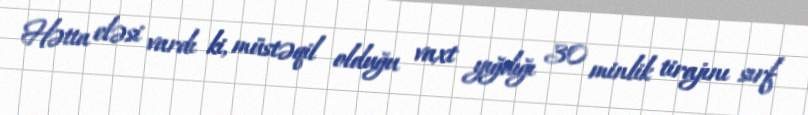
Hətta eləsi vardı ki, müstəqil olduğu vaxt yığdığı 30 minlik tirajını sırf